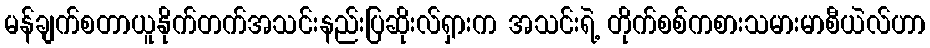
မန်ချက်စတာယူနိုက်တက်အသင်းနည်းပြဆိုးလ်ရှားက အသင်းရဲ့ တိုက်စစ်ကစားသမားမာစီယဲလ်ဟာ